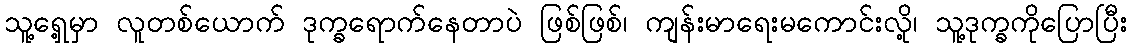
သူ့ရှေ့မှာ လူတစ်ယောက် ဒုက္ခရောက်နေတာပဲ ဖြစ်ဖြစ်၊ ကျန်းမာရေးမကောင်းလို့၊ သူ့ဒုက္ခကိုပြောပြီး